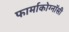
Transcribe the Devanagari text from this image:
फार्माकोग्नॉसी